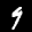
Label: 9